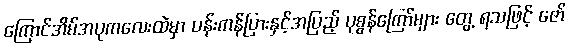
ကြောင်အိမ်အပုကလေးထဲမှာ ပန်းကန်ပြားနှင့်အပြည့် ပုစွန်ကြော်များ တွေ့ ရသဖြင့် ဇော်